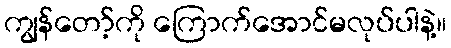
ကျွန်တော့်ကို ကြောက်အောင်မလုပ်ပါနဲ့။